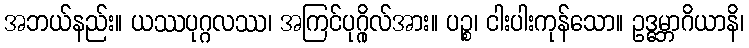
အဘယ်နည်း။ ယဿပုဂ္ဂလဿ၊ အကြင်ပုဂ္ဂိုလ်အား။ ပဉ္စ၊ ငါးပါးကုန်သော။ ဥဒ္ဓမ္ဘာဂိယာနိ၊